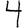
Digit: 4